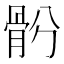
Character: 𩨪